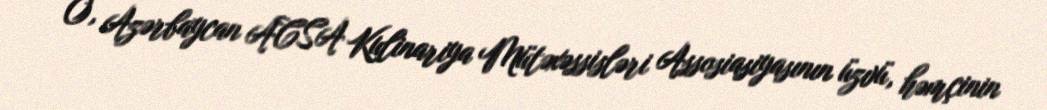
O, Azərbaycan ACSA Kulinariya Mütəxəssisləri Assosiasiyasının üzvü, həmçinin